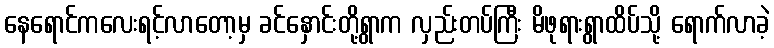
နေရောင်ကလေးရင့်လာတော့မှ ခင်နှောင်းတို့ရွာက လှည်းတပ်ကြီး မိဖုရားရွာထိပ်သို့ ရောက်လာခဲ့